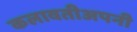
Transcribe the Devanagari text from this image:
कलावतीअपनी